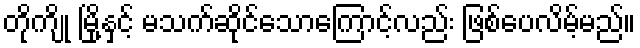
တိုကျို မြို့နှင့် မသက်ဆိုင်သောကြောင့်လည်း ဖြစ်ပေလိမ့်မည်။